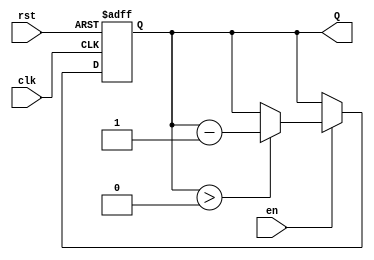
module binary_down_counter (
    input wire clk,        // Clock signal
    input wire rst,        // Asynchronous reset signal
    input wire en,         // Enable signal
    output reg [3:0] Q     // 4-bit output count (change width as needed)
);

    // Define the maximum count value for a 4-bit counter
    localparam MAX_COUNT = 4'b1111; // 15 in decimal

    // Sequential logic for the counter
    always @(posedge clk or posedge rst) begin
        if (rst) begin
            // Asynchronous reset to maximum count
            Q <= MAX_COUNT;
        end else if (en) begin
            // Decrement the counter if enabled
            if (Q > 0) begin
                Q <= Q - 1;
            end
            // If Q is already 0, it remains 0
        end
        // If enable is low, Q retains its current value
    end

endmodule